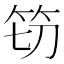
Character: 𮅀